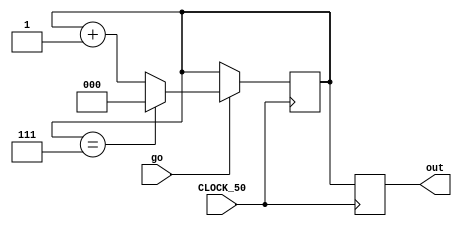
module randomizer(go, CLOCK_50, out);
	input go;
	input CLOCK_50;
	output reg [2:0] out;
	
	reg [2:0] q = 3'b000;
	always @(posedge CLOCK_50)
	begin
		if (go)		// enable or disable counting
			begin
				if (q == 3'b111)
					q <= 3'b000;
				else
					q <= q + 1'b1;
			end
			
		out <= q;
	end
endmodule